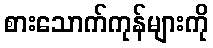
စားသောက်ကုန်များကို